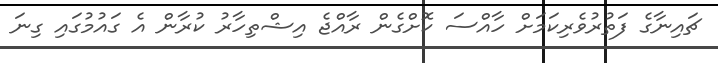
ޗައިނާގެ ފަތުރުވެރިކަމަށް ހާއްސަ ކޮށްގެން ރާއްޖެ އިޝްތިހާރު ކުރާން އެ ގައުމުގައި ގިނަ